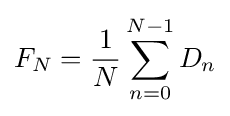
F_{N}={\frac {1}{N}}\sum _{n=0}^{N-1}D_{n}